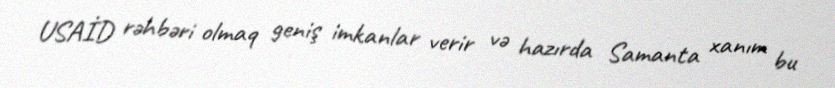
USAİD rəhbəri olmaq geniş imkanlar verir və hazırda Samanta xanım bu